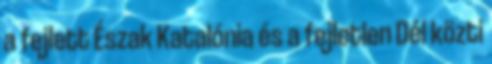
a fejlett Észak Katalónia és a fejletlen Dél közti